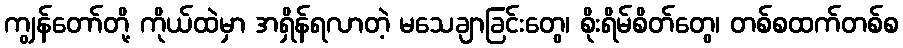
ကျွန်တော်တို့ ကိုယ်ထဲမှာ အရှိန်ရလာတဲ့ မသေချာခြင်းတွေ၊ စိုးရိမ်စိတ်တွေ၊ တစ်စထက်တစ်စ